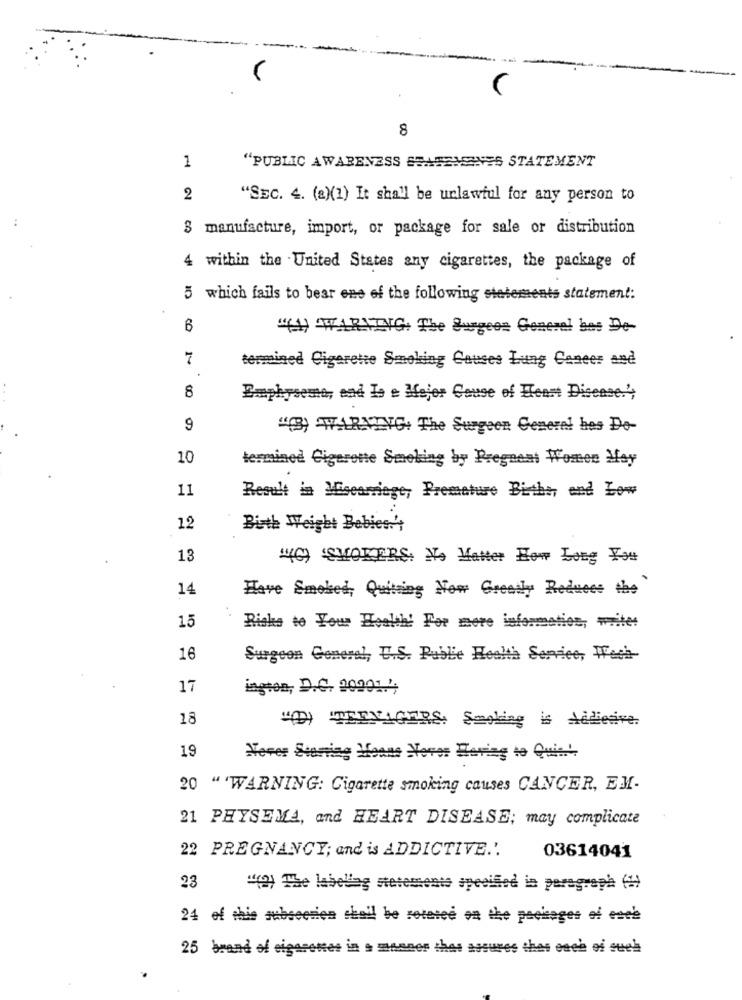
8
1
"PUBLIC AWARENESS SSASEMENES STATEMENT
2
"SEC. 4. (a)(1) It shall be unlawful for any person to
S manufacture, import, or package for sale or distribution
4 within the United States any cigarettes, the package of
5 which fails to bear ene of the following statements statement:
B
"(4) WARNING The Surgeon General has De
7
termined Cigarette Smoking Causes Lung Cancer and
8
Emphysema, and Is a Major Cause of Heart Disease;
9
"(B) AWARNING: The Surgeen Generel hes Do-
10
termined Cigarette Smoking by Pregeest Women May
11
Result in Miscarriage, Premature Bith, and Low
12
Birth Weight Babies.'t
13
40 'SMOKERS, No Matter How Long Ys
14
Have Emoked, Quitting Now Greatly Reduces the
15
Risks to Your Health! For more information, waitet
16
Surgeon General, U.S. Public Health Service, Wach-
17
ington, D.C. 20991.4
18
"DI TERVierES Smoking is Addictive
19
Never Starting Houns Novos Having to Quin'
20 " "WARNING: Cigarette smoking causes CANCER, EM-
21 PHYSEMA, and HEART DISEASE; may complicate
22 PREGNANCY; and is ADDICTIVE ..
03614041
23
"(2) The labellag stetemente specified in paragraph (!)
24 of this subsection chail be retetee on the packages of este
25 brand of cigarettes in a manner thes assures thes each of such